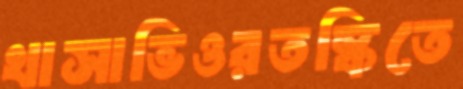
খাসাভিওরতস্কিতে